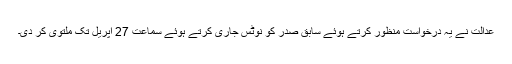
عدالت نے یہ درخواست منظور کرتے ہوئے سابق صدر کو نوٹس جاری کرتے ہوئے سماعت 27 اپریل تک ملتوی کر دی۔